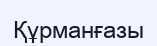
Құрманғазы